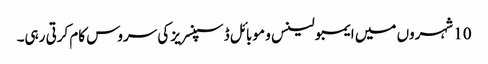
10 شہروں میں ایمبولینس و موبائل ڈسپنسریز کی سروس کام کرتی رہی۔